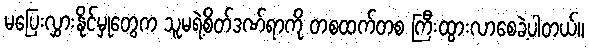
မပြေးလွှားနိုင်မှုတွေက သူမရဲ့စိတ်ဒဏ်ရာကို တစထက်တစ ကြီးထွားလာစေခဲ့ပါတယ်။